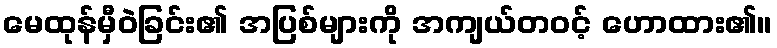
မေထုန်မှီဝဲခြင်း၏ အပြစ်များကို အကျယ်တဝင့် ဟောထား၏။